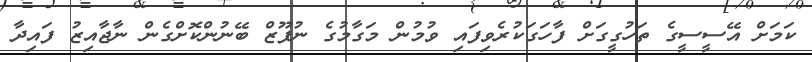
ކަމަށް އޭސީސީގެ ތަހުގީގަށް ފާހަގަކުރެވިފައި ވުމުން މަގާމުގެ ނުފޫޒް ބޭނުންކޮށްގެން ނާޖާއިޒު ފައިދާ